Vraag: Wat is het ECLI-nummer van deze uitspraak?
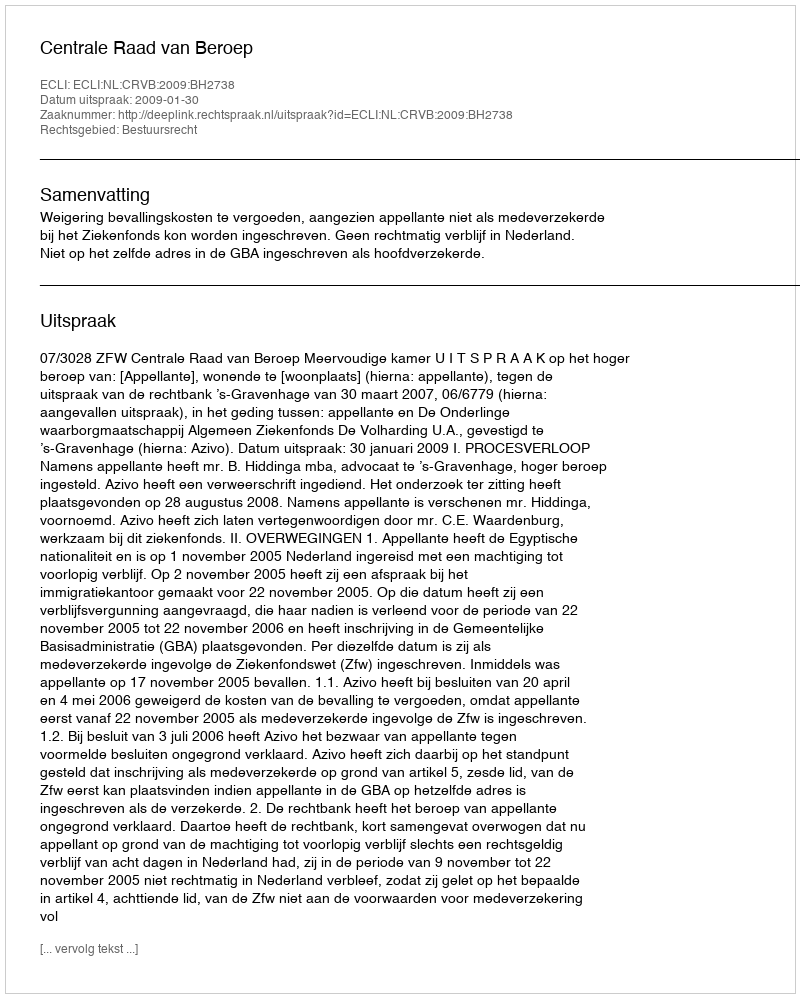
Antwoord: ECLI:NL:CRVB:2009:BH2738